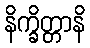
နိက္ခိတ္တာနိ